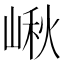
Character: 𡺘